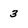
Character: 3